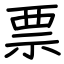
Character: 票